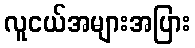
လူငယ်အများအပြား